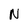
Character: N